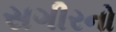
સગીરનો